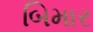
બિમાર